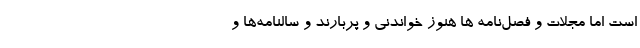
است اما مجلات و فصل‌نامه ها هنوز خواندنی و پُربارند و سالنامه‌ها و